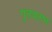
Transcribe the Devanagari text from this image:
गुंतवतात